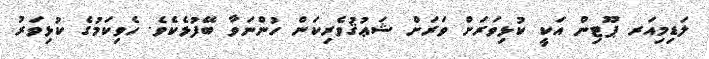
ލަޑިމިއަރ ޕޫޓިން އަކީ ކުޅިވަރަށް ވަރަށް ޝަޢުޤުވެރިކަން ހުންނަވާ ބޭފުޅެކެވެ. ހެވިކަމުގެ ކުޅިވަރު